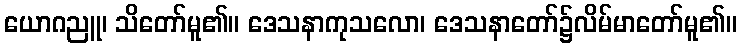
ယောဂညူ၊ သိတော်မူ၏။ ဒေသနာကုသလော၊ ဒေသနာတော်၌လိမ်မာတော်မူ၏။